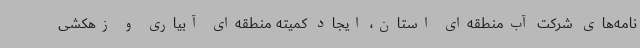
نامه‌های شرکت آب‌منطقه‌ای استان، ایجاد کمیته منطقه‌ای آبیاری و زهکشی